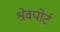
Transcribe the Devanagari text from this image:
श्रेवपोर्ट